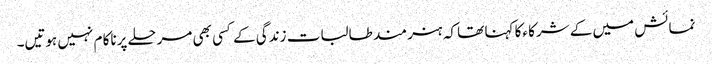
نمائش میں کے شرکا ءکا کہنا تھا کہ ہنر مند طالبات زندگی کے کسی بھی مرحلے پرناکا م نہیں ہوتیں۔